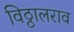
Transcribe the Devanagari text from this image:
विठ्ठालराव